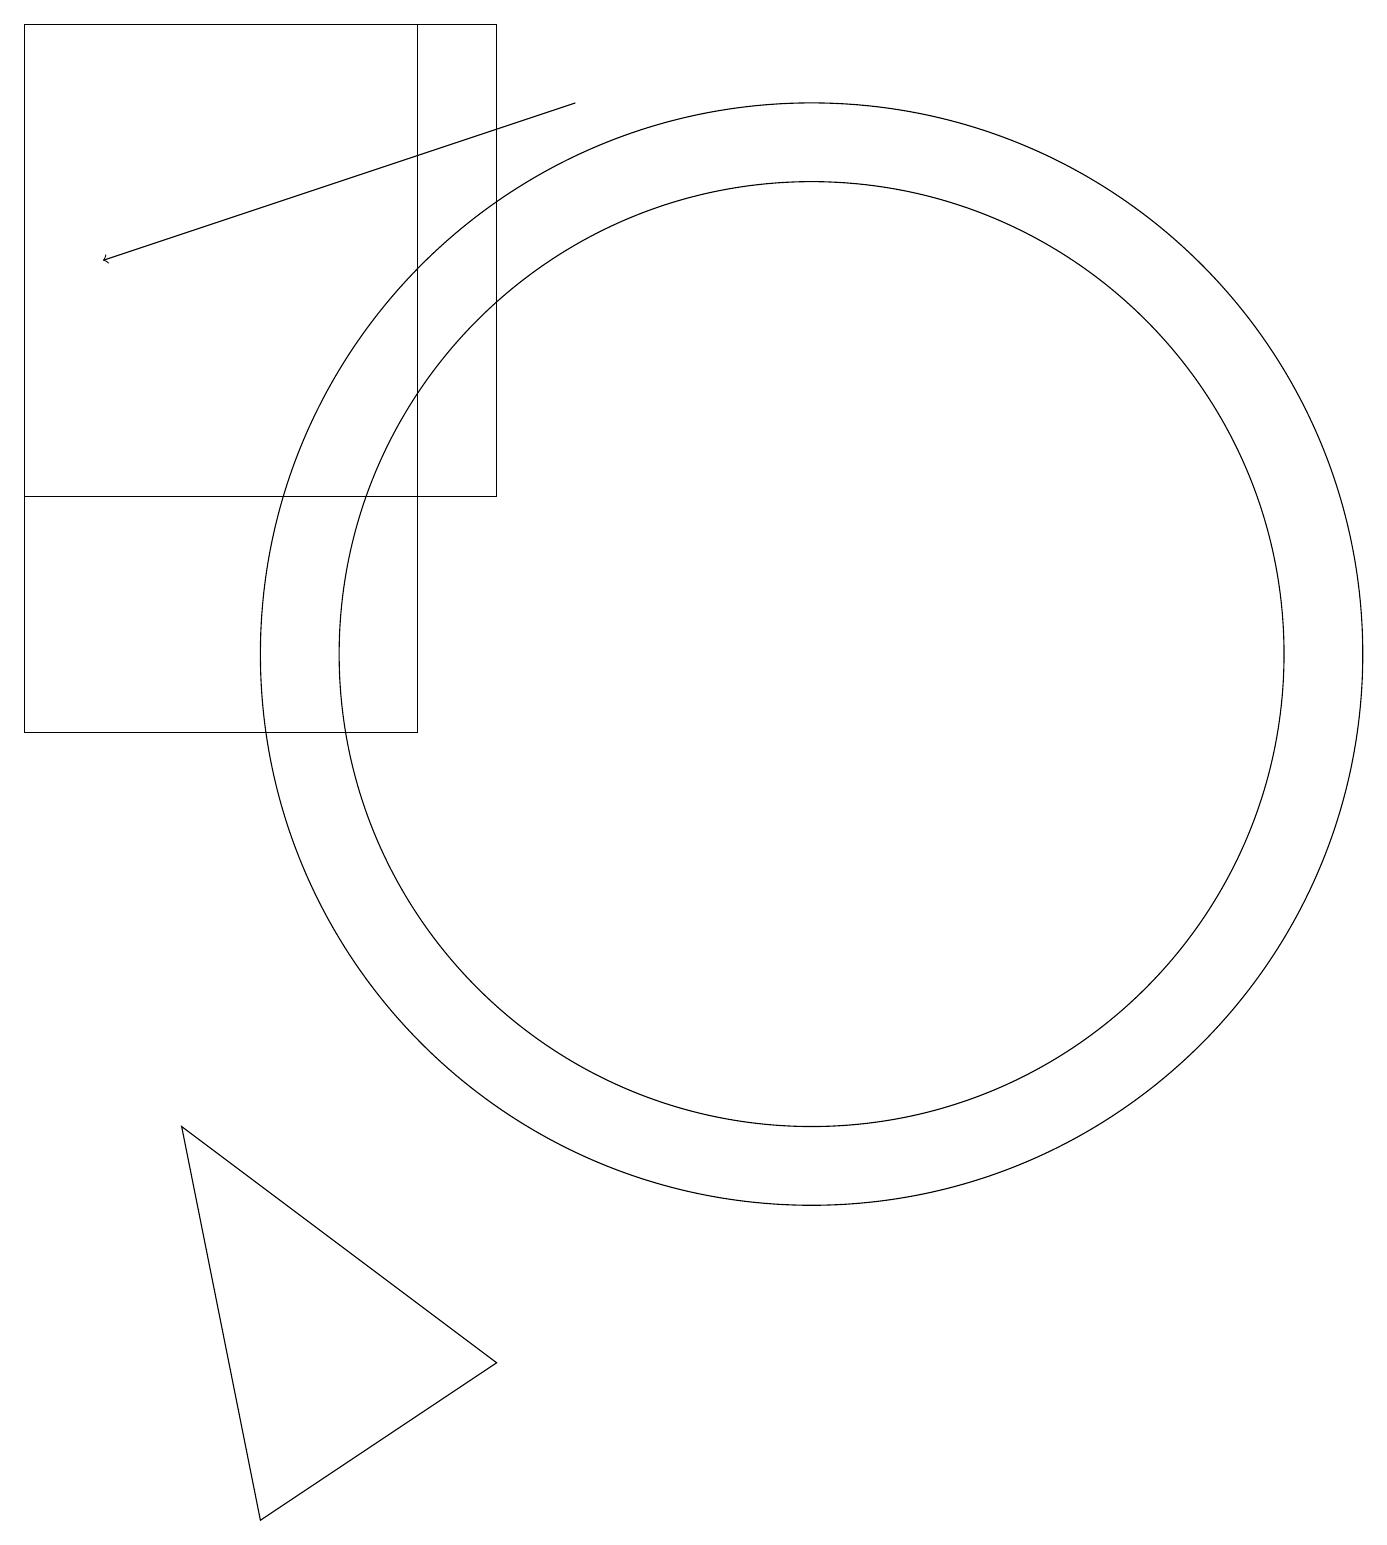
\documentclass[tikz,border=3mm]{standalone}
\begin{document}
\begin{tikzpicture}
\draw (10,11) circle (6);
\draw[->] (7,18) -- (1,16);
\draw (3,0) -- (6,2) -- (2,5) -- cycle;
\draw (0,19) rectangle (6,13);
\draw (0,10) rectangle (5,19);
\draw (10,11) circle (7);
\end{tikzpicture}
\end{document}